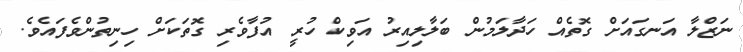
ނަޒްލާ އަނގައަށް ގޮތެއް ހަދާލަމުން ބަލާލިއިރު އަވިކް ހުރީ އުފާވެރި ގޮތަކަށް ހިނިތުންވެފައެވެ.